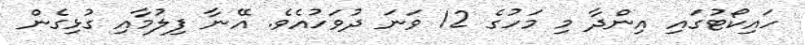
ހައިކޯޓުގައި އިންދާ މި މަހުގެ 12 ވަނަ ދުވަހުއެވެ. އޭނާ ފިލުމާއި ގުޅިގެން